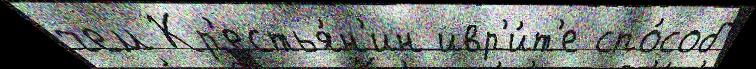
чем Кр'естья́н'ин ивр'и́т'е спо́соб